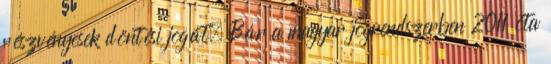
részvényesek döntési jogát. Bár a magyar jogrendszerben 2011 óta